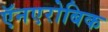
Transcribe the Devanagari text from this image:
ऍनएरोबिक